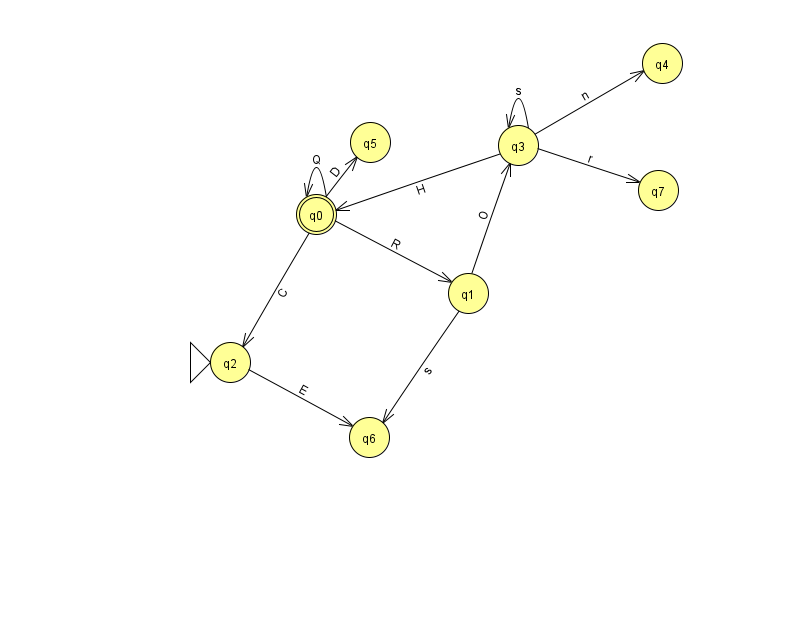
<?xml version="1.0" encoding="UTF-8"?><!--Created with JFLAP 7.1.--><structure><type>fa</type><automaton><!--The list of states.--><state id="0" name="q0"><x>316.0</x><y>201.0</y><final/></state><state id="1" name="q1"><x>468.0</x><y>280.0</y></state><state id="2" name="q2"><x>230.0</x><y>349.0</y><initial/></state><state id="3" name="q3"><x>518.0</x><y>132.0</y></state><state id="4" name="q4"><x>662.0</x><y>50.0</y></state><state id="5" name="q5"><x>370.0</x><y>129.0</y></state><state id="6" name="q6"><x>369.0</x><y>424.0</y></state><state id="7" name="q7"><x>658.0</x><y>177.0</y></state><!--The list of transitions.--><transition><from>0</from><to>1</to><read>R</read></transition><transition><from>1</from><to>6</to><read>s</read></transition><transition><from>0</from><to>0</to><read>Q</read></transition><transition><from>1</from><to>3</to><read>O</read></transition><transition><from>3</from><to>3</to><read>s</read></transition><transition><from>3</from><to>0</to><read>H</read></transition><transition><from>2</from><to>6</to><read>E</read></transition><transition><from>3</from><to>4</to><read>n</read></transition><transition><from>0</from><to>2</to><read>C</read></transition><transition><from>0</from><to>5</to><read>D</read></transition><transition><from>3</from><to>7</to><read>r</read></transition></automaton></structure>